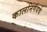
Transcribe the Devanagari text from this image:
कालनिर्णयचे